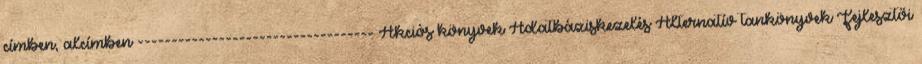
címben, alcímben ----------------------------------- Akciós könyvek Adatbáziskezelés Alternatív tankönyvek Fejlesztői